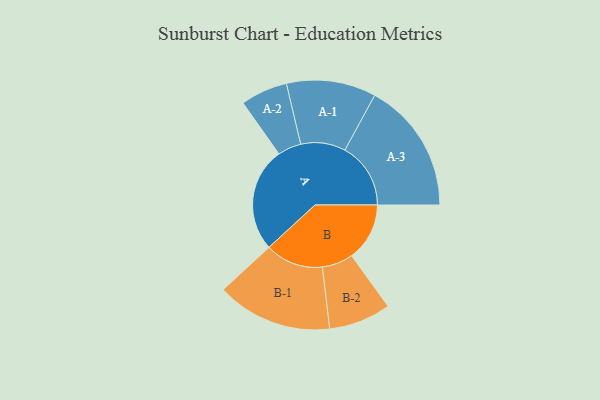
{"axis": {"x": "Segment", "y": "Value"}, "legend": ["", "A", "B"], "data": [{"x": "A", "y": 466, "type": ""}, {"x": "B", "y": 259, "type": ""}, {"x": "A-1", "y": 200, "type": "A"}, {"x": "A-2", "y": 105, "type": "A"}, {"x": "A-3", "y": 294, "type": "A"}, {"x": "B-1", "y": 259, "type": "B"}, {"x": "B-2", "y": 139, "type": "B"}]}